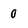
Character: 0